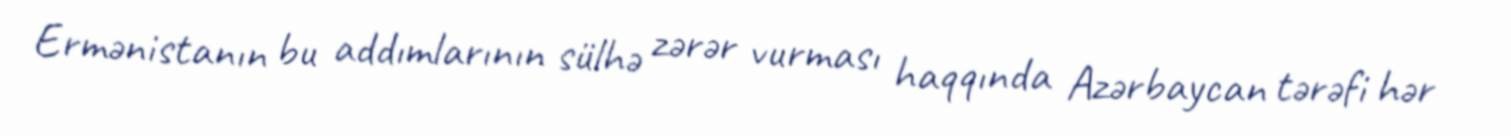
Ermənistanın bu addımlarının sülhə zərər vurması haqqında Azərbaycan tərəfi hər